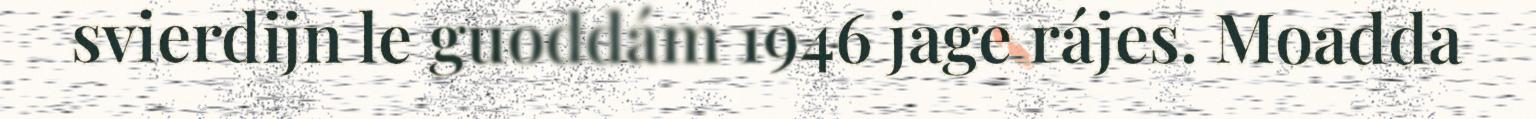
svierdijn le guoddám 1946 jage rájes. Moadda